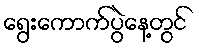
ရွေးကောက်ပွဲနေ့တွင်